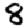
Digit: 8